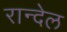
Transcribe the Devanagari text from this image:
रान्देल